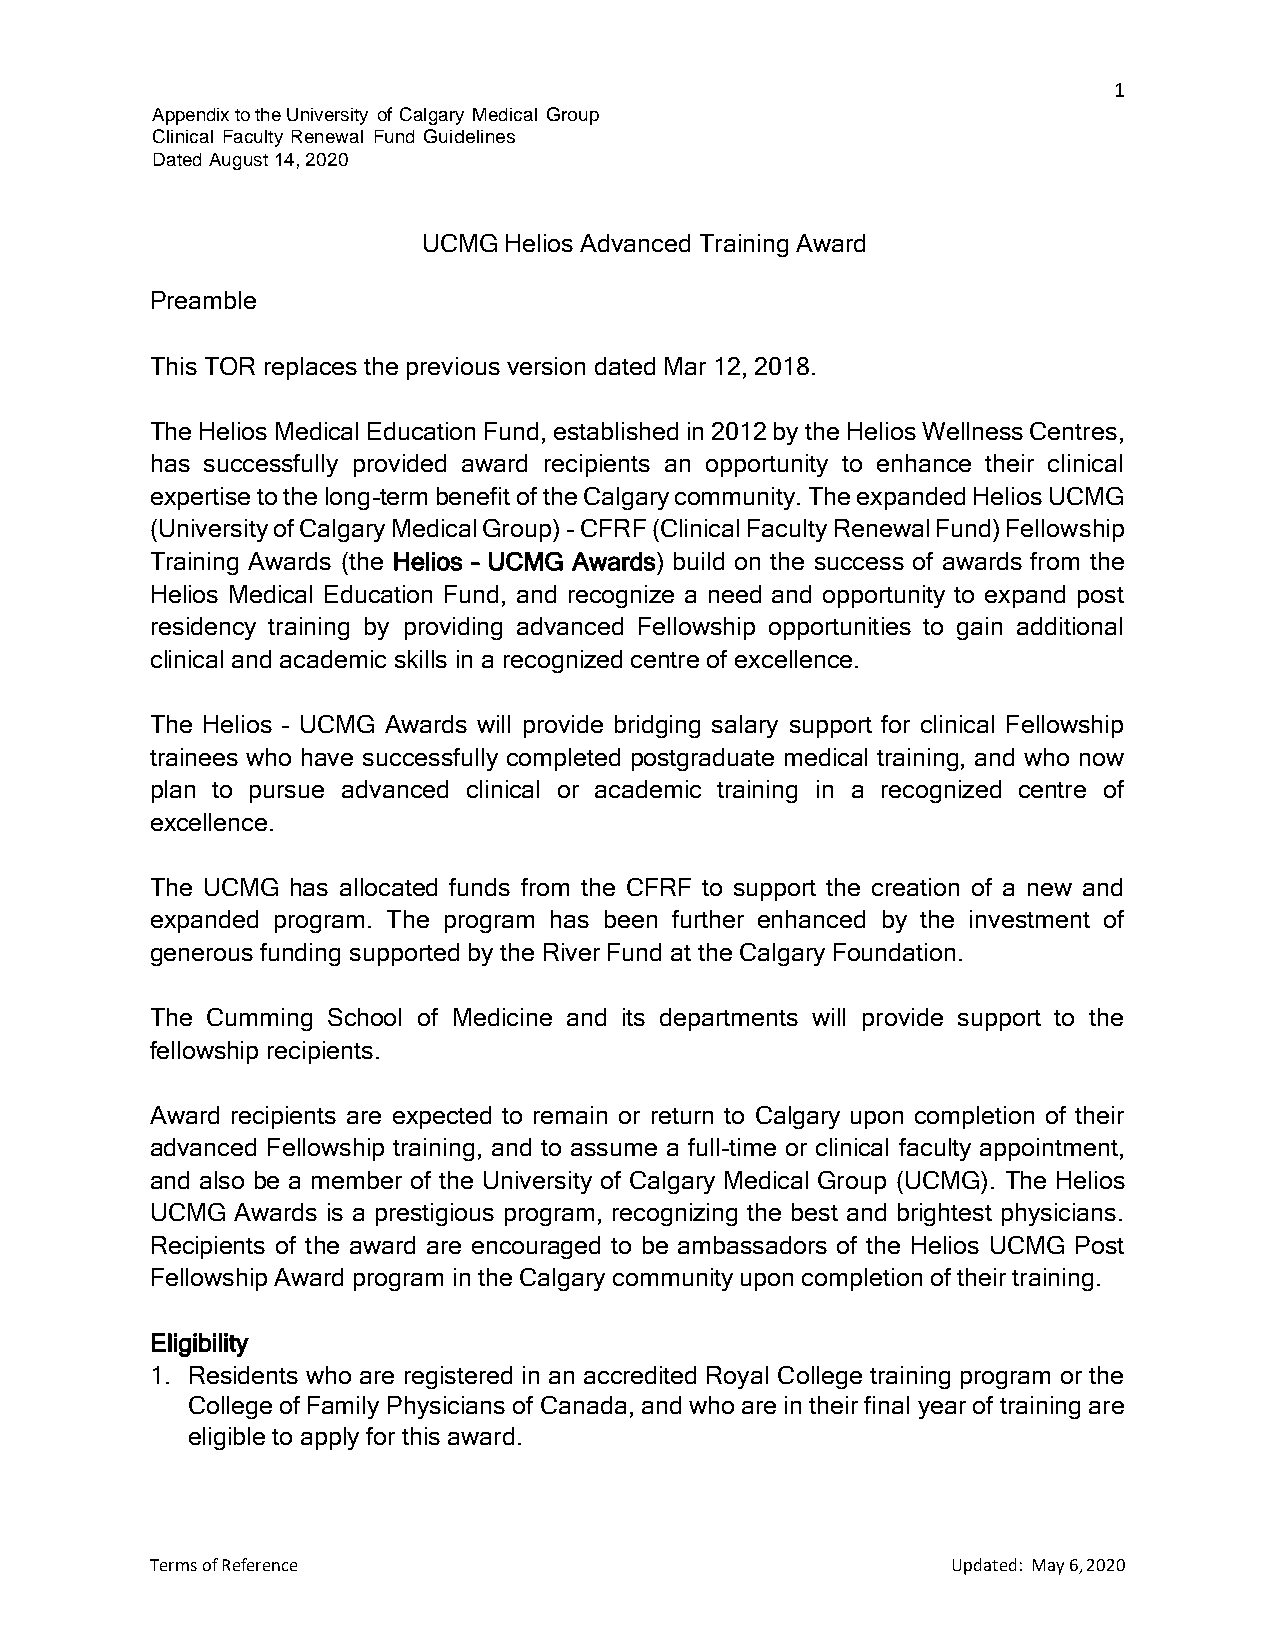
1
 Appendix to the University of Calgary Medical Group
 Clinical Faculty Renewal Fund Guidelines
 Dated August 14, 2020
 UCMG Helios Advanced Training Award
 Preamble
 This TOR replaces the previous version dated Mar 12, 2018.
 The Helios Medical Education Fund, established in 2012 by the Helios Wellness Centres,
 has successfully provided award recipients an opportunity to enhance their clinical
 expertise to the long-term benefit of the Calgary community. The expanded Helios UCMG
 (University of Calgary Medical Group) - CFRF (Clinical Faculty Renewal Fund) Fellowship
 Training Awards (the Helios – UCMG Awards) build on the success of awards from the
 Helios Medical Education Fund, and recognize a need and opportunity to expand post
 residency training by providing advanced Fellowship opportunities to gain additional
 clinical and academic skills in a recognized centre of excellence.
 The Helios – UCMG Awards will provide bridging salary support for clinical Fellowship
 trainees who have successfully completed postgraduate medical training, and who now
 plan to pursue advanced clinical or academic training in a recognized centre of
 excellence.
 The UCMG has allocated funds from the CFRF to support the creation of a new and
 expanded program. The program has been further enhanced by the investment of
 generous funding supported by the River Fund at the Calgary Foundation.
 The Cumming School of Medicine and its departments will provide support to the
 fellowship recipients.
 Award recipients are expected to remain or return to Calgary upon completion of their
 advanced Fellowship training, and to assume a full-time or clinical faculty appointment,
 and also be a member of the University of Calgary Medical Group (UCMG). The Helios
 UCMG  Awards is a prestigious program, recognizing the best and brightest physicians.
 Recipients of the award are encouraged to be ambassadors of the Helios UCMG Post
 Fellowship Award program in the Calgary community upon completion of their training.
 Eligibility
 1. Residents who are registered in an accredited Royal College training program or the
 College of Family Physicians of Canada, and who are in their final year of training are
 eligible to apply for this award.
 Terms of Reference                                   Updated: May 6, 2020